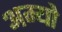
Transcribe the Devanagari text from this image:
अम्यो